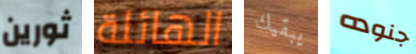
ثورين الهائلة يبقيك جنوده